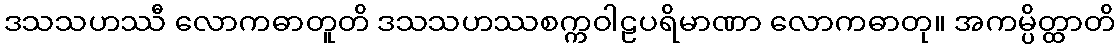
ဒသသဟဿီ လောကဓာတူတိ ဒသသဟဿစက္ကဝါဠပရိမာဏာ လောကဓာတု။ အကမ္ပိတ္ထာတိ